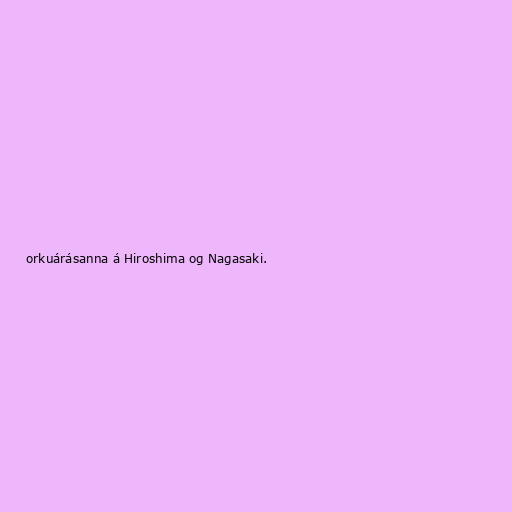
orkuárásanna á Hiroshima og Nagasaki.